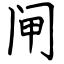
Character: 闸